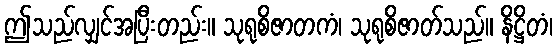
ဤသည်လျှင်အပြီးတည်း။ သုရုစိဇာတကံ၊ သုရုစိဇာတ်သည်။ နိဋ္ဌိတံ၊